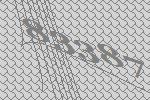
83387